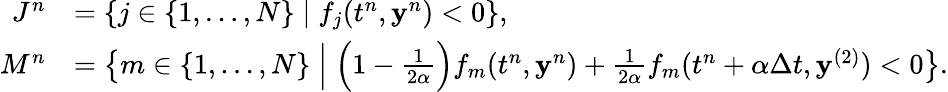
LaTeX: \begin{array}{rl}{J^{n}}&{=\left\{ j\in\{ 1,\ldots,N\} \mid f_{j}(t^{n},\mathbf y^{n})<0\right\} ,}\\ {M^{n}}&{=\left\{ m\in\{ 1,\ldots,N\} \; \Big|\; \Big(1-\frac{1}{2\alpha}\Big)f_{m}(t^{n},\mathbf y^{n})+\frac{1}{2\alpha}f_{m}(t^{n}+\alpha\Delta t,\mathbf y^{(2)})<0\right\} .}\end{array}